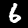
Label: 6